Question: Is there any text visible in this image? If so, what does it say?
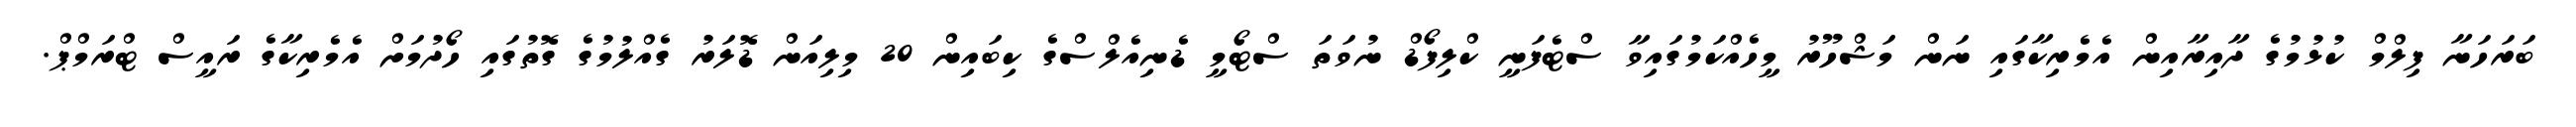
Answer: ބަރަހަނާ ފިލްމް ކުޅުމުގެ ދާއިރާއިން އެމެރިކާގައި ނަން މަޝްހޫރު މީހެއްކަމުގައިވާ ސްޓެފަނީ ކްލިފޯޑް ނުވަތަ ސްޓޯމީ ޑެނިއެލްސްގެ ކިބައިން 20 މިލިއަން ޑޮލަރު ގެއްލުމުގެ ގޮތުގައި ހޯދުމަށް އެމެރިކާގެ ރައީސް ޓްރަމްޕް.